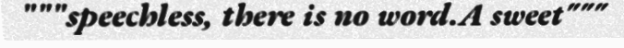
"""speechless, there is no word.A sweet"""